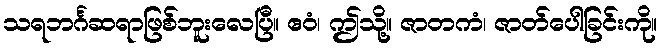
သရဘင်္ဂဆရာဖြစ်ဘူးလေပြီ။ ဧဝံ၊ ဤသို့။ ဇာတကံ၊ ဇာတ်ပေါခြင်းကို။